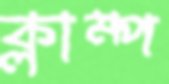
ক্লাম্প